Civil Veterinary Department Bihar & Orissa reports 1911-21 - 1911-1921
Year: 1911
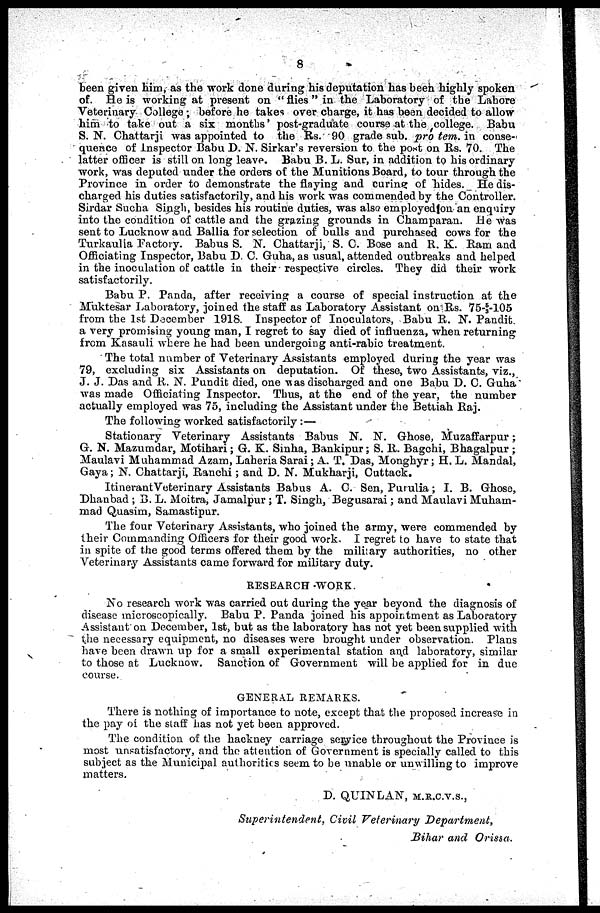
8
been given him, as the work done during his deputation has been highly spoken
of. He is working at present on " flies " in the Laboratory of the Lahore
Veterinary College ; before he takes over charge, it has been decided to allow
him to take out a six months' post-graduate course at the college. Babu
S. N. Chattarji was appointed to the Rs. 90 grade sub. pro tem. in conse-
quence of inspector Babu D. N. Sirkar's reversion to the post on Rs. 70. The
latter officer is still on long leave. Babu B. L. Sur, in addition to his ordinary
work, was deputed under the orders of the Munitions Board, to tour through the
Province in order to demonstrate the flaying and curing of hides. He dis-
charged his duties satisfactorily, and his work was commended by the Controller.
Sirdar Sucha Singh, besides his routine duties, was also employed on an enquiry
into the condition of cattle and the grazing grounds in Champaran. He was
sent to Lucknow and Ballia for selection of bulls and purchased cows for the
Turkaulia Factory. Babus S. N. Chattarji, S. C. Bose and R. K. Ram and
Officiating Inspector, Babu D C. Guha, as usual, attended outbreaks and helped
in the inoculation of cattle in their respective circles. They did their work
satisfactorily.
Babu P. Panda, after receiving a course of special instruction at the
Muktesar Laboratory, joined the staff as Laboratory Assistant on Rs. 75-5/3-105
from the 1st December 1918. Inspector of Inoculators, Babu R. N. Pandit
a very promising young man, I regret to say died of influenza, when returning
from Kasauli where he had been undergoing anti-rabic treatment.
The total number of Veterinary Assistants employed during the year was
79, excluding six Assistants on deputation. Of these, two Assistants, viz.,
J. J. Das and R. N. Pundit died, one was discharged and one Babu D. C. Guha
was made Officiating Inspector. Thus, at the end of the year, the number
actually employed was 75, including the Assistant under the Bettiah Raj.
The following worked satisfactorily :—
Stationary Veterinary Assistants Babus N. N. Ghose, Muzaffarpur ;
G. N. Mazumdar, Motihari ; G. K. Sinha, Bankipur ; S. R. Bagchi, Bhagalpur ;
Maulavi Muhammad Azam, Laheria Sarai; A. T. Das, Monghyr ; H. L. Mandal,
Gaya ; N. Chattarji, Ranchi ; and D. N. Mukharji, Cuttack.
Itinerant Veterinary Assistants Babus A. C. Sen, Purulia; I. B. Ghose,
Dhanbad ; B. L. Moitra, Jamalpur ; T. Singh, Begusarai ; and Maulavi Muham-
mad Quasim, Samastipur.
The four Veterinary Assistants, who joined the army, were commended by
their Commanding Officers for their good work. I regret to have to state that
in spite of the good terms offered them by the military authorities, no other
Veterinary Assistants came forward for military duty.
RESEARCH -WORK.
No research work was carried out during the year beyond the diagnosis of
disease microscopically. Babu P. Panda joined his appointment as Laboratory
Assistant on December, 1st, but as the laboratory has not yet been supplied with
the necessary equipment, no diseases were brought under observation. Plans
have been drawn up for a small experimental station and laboratory, similar
to those at Lucknow. Sanction of Government will be applied for in due
course.
GENERAL REMARKS.
There is nothing of importance to note, except that the proposed increase in
the pay of the staff has not yet been approved.
The condition of the hackney carriage service throughout the Province is
most unsatisfactory, and the attention of Government is specially called to this
subject as the Municipal authorities seem, to be unable or unwilling to improve
matters.
D. QUINLAN, M.R.C.V.S.,
Superintendent,
Civil Veterinary
Department,
Bihar and Orissa.